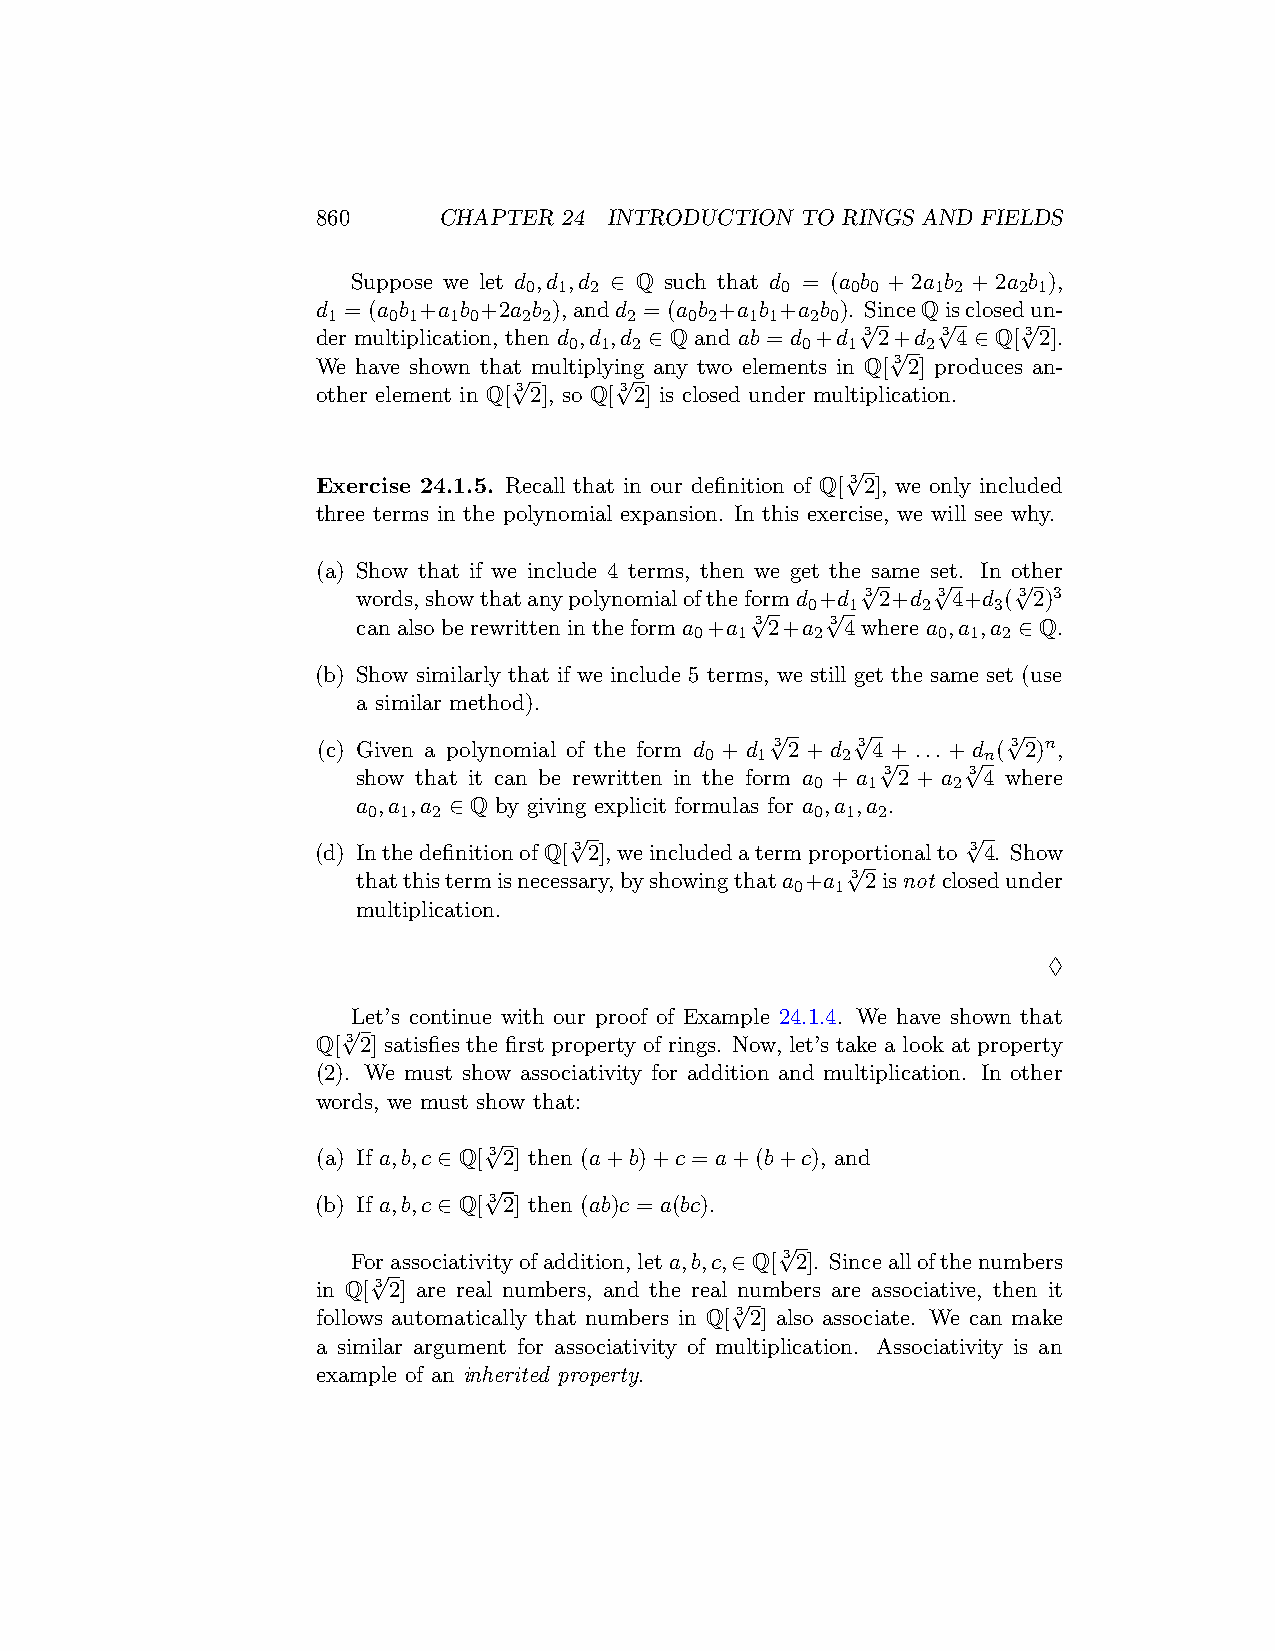
860     CHAPTER 24 INTRODUCTION TO RINGS AND FIELDS
 Suppose we let d ,d ,d ∈ Q such that d = (a b + 2a b + 2a b ),
 0 1 2            0   0 0   1 2  2 1
 d = (a b +a b +2a b ),andd = (a b +a b +a b ). SinceQisclosedun-
 1   0 1 1 0  2 2    2   0 2 1 1 2 0 √   √     √
 der multiplication, then d ,d ,d ∈ Q and ab = d +d 3 2+d 3 4 ∈ Q[ 3 2].
 0 1 2          0  1  √ 2
 We have shown that multiplying any two elements in Q[ 3 2] produces an-
 √      √
 other element in Q[ 3 2], so Q[ 3 2] is closed under multiplication.
 √
 Exercise 24.1.5. Recall that in our definition of Q[ 3 2], we only included
 three terms in the polynomial expansion. In this exercise, we will see why.
 (a) Show that if we include 4 terms, then we get the same set. In other
 √    √    √
 words,showthatanypolynomialoftheformd +d 3 2+d 3 4+d ( 3 2)3
 √  0 √1    2    3
 canalsoberewrittenintheforma +a 3 2+a 3 4wherea ,a ,a ∈ Q.
 0  1    2       0 1 2
 (b) Show similarly that if we include 5 terms, we still get the same set (use
 a similar method).
 √    √          √
 (c) Given a polynomial of the form d + d 3 2 + d 3 4 + ... + d ( 3 2)n,
 0  1     2 √     √n
 show that it can be rewritten in the form a + a 3 2 + a 3 4 where
 0  1     2
 a ,a ,a ∈ Q by giving explicit formulas for a ,a ,a .
 0  1 2                        0 1 2
 √                         √
 (d) InthedefinitionofQ[ 3 2],weincludedatermproportionalto 3 4. Show
 √
 thatthistermisnecessary,byshowingthata +a 3 2isnot closedunder
 0 1
 multiplication.
 ♢
 Let’s continue with our proof of Example 24.1.4. We have shown that
 √
 Q[ 3 2] satisfies the first property of rings. Now, let’s take a look at property
 (2). We must show associativity for addition and multiplication. In other
 words, we must show that:
 √
 (a) If a,b,c ∈ Q[ 3 2] then (a+b)+c = a+(b+c), and
 √
 (b) If a,b,c ∈ Q[ 3 2] then (ab)c = a(bc).
 √
 Forassociativityofaddition,leta,b,c,∈ Q[ 3 2]. Sinceallofthenumbers
 √
 in Q[ 3 2] are real numbers, and the real numbers are associative, then it
 √
 follows automatically that numbers in Q[ 3 2] also associate. We can make
 a similar argument for associativity of multiplication. Associativity is an
 example of an inherited property.